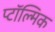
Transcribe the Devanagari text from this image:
प्टॉल्मिक